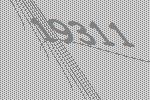
19311